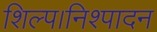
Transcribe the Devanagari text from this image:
शिल्प।निश्पादन